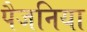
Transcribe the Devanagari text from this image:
पैजनिया